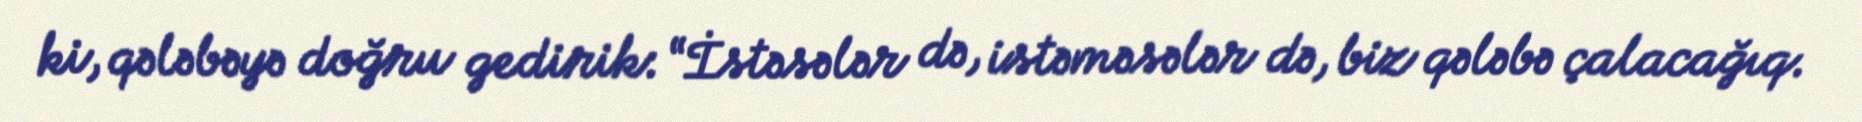
ki, qələbəyə doğru gedirik: “İstəsələr də, istəməsələr də, biz qələbə çalacağıq.